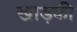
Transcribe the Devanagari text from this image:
खाड़की